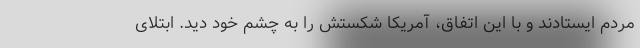
مردم ایستادند و با این اتفاق، آمریکا شکستش را به چشم خود دید. ابتلای